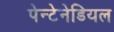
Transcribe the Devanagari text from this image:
पेन्टेनेडियल